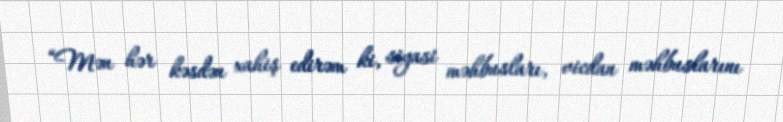
“Mən hər kəsdən xahiş edirəm ki, siyasi məhbusları, vicdan məhbuslarını